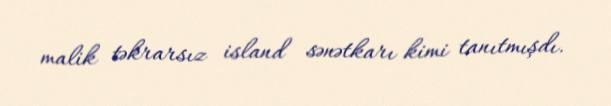
malik təkrarsız island sənətkarı kimi tanıtmışdı.